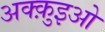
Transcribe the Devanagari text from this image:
अक्क़ुइओ